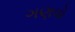
ગણવો